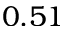
0 . 5 1